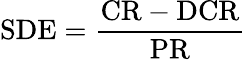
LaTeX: \mathrm{SDE}=\frac{\mathrm{CR}-\mathrm{DCR}}{\mathrm{PR}}